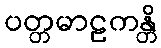
ပတ္တမာဠကန္တိ